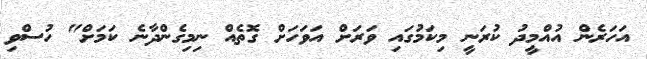
އަހަރެން އުއްމީދު ކުރަނީ މިކަމުގައި ވަރަށް އަވަހަށް ގޮތެއް ނިމިގެންދާނެ ކަމަށް" ހުސްވި